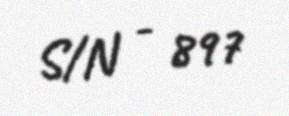
S/N - 897